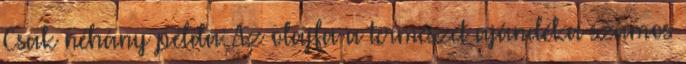
Csak néhány példa: Az olajfa a természet ajándéka számos